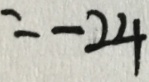
= - 2 4